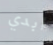
أبدي